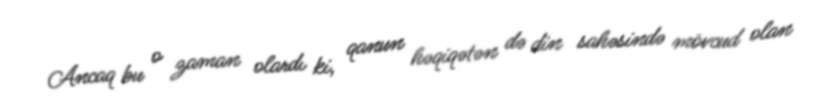
Ancaq bu o zaman olardı ki, qanun həqiqətən də din sahəsində mövcud olan